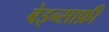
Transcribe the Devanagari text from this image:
बेइन्साफ़ी